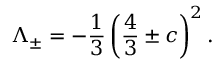
\Lambda _ { \pm } = - \frac { 1 } { 3 } \left( \frac { 4 } { 3 } \pm c \right) ^ { 2 } .